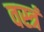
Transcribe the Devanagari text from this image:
वस्त्रं